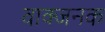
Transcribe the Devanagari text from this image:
वाक्जनक